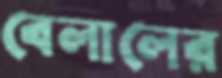
বেলালের